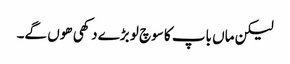
لیکن ماں باپ کا سوچ لو بڑے دکھی ھوں گے۔